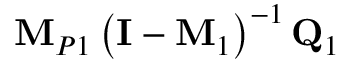
{ \bf M } _ { P 1 } \left( { \bf I } - { \bf M } _ { 1 } \right) ^ { - 1 } { \bf Q } _ { 1 }